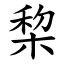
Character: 棃